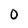
Character: 0